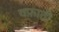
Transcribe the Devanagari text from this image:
वफ़ाती